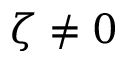
\zeta \neq 0